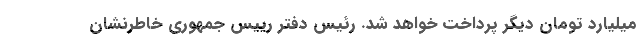
میلیارد تومان دیگر پرداخت خواهد شد. رئیس دفتر رییس جمهوری خاطرنشان